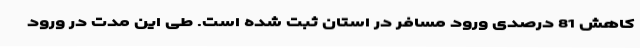
کاهش 81 درصدی ورود مسافر در استان ثبت شده است. طی این مدت در ورود